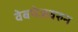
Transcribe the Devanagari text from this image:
वेबपेजवरुन